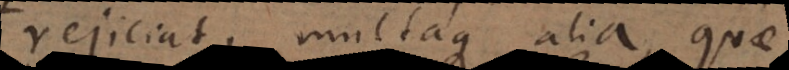
rejiciat, multaque alia, quae